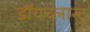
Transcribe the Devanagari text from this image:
डॉयच्लान्ट्